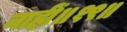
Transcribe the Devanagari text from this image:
नाहीं॥१९॥